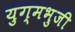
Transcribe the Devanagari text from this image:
युग्मभुजी